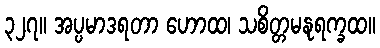
၃၂၇။ အပ္ပမာဒရတာ ဟောထ၊ သစိတ္တမနုရက္ခထ။